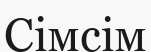
Сімсім